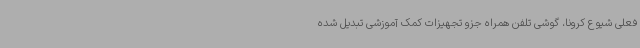
فعلی شیوع کرونا، گوشی تلفن همراه جزو تجهیزات کمک آموزشی تبدیل شده